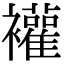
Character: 䙮